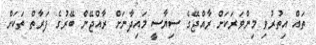
ތައް އިތުރުވި މިންވަރަކަށް ރާއްޖޭގެ ސިޔާސީ މައިދާނަށް ރާއްޖޭން ބޭރުގެ ފަރާތް ތަކަށް